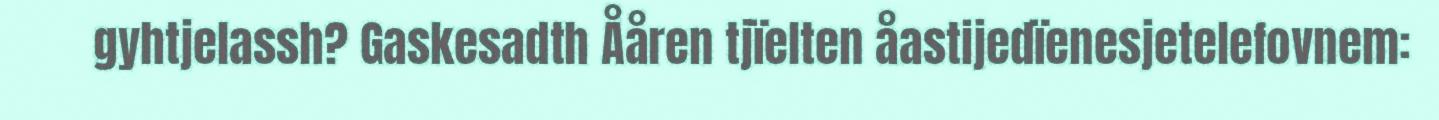
gyhtjelassh? Gaskesadth Ååren tjïelten åastijedïenesjetelefovnem: